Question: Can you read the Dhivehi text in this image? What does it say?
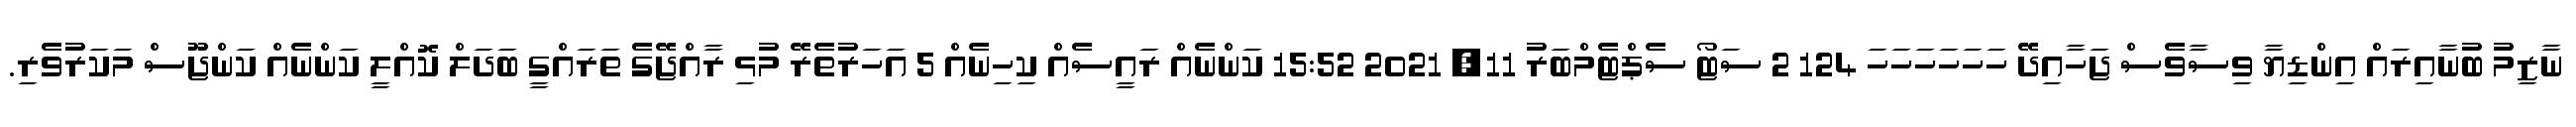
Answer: ނާޒިމު ބުނާއިރައް އިންޑިޔާ ވިސާވެސް ޖަހާއިދޭ ހަހަހަހަހަހަ 124 2 ސަޓޯ ސެޕްޓެމްބަރު 11, 2021 15:52 ކަންނެއް ރައީސެއް ކިހިނެއް 5 އަހަރުތެރޭ މުޅި ރާއްޖޭގެ ތަރައްގީ ބަދަލް ކޮއްލީ ކަންނެއް ކަންޖޫސް މަކަރުވެރި.